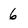
Character: 6